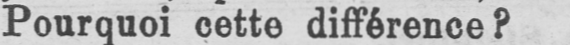
Pourquoi cette différence?